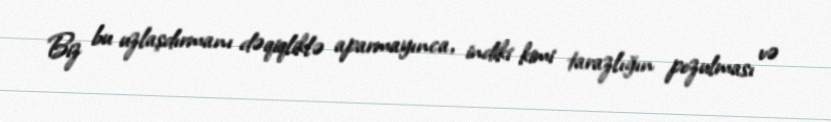
Biz bu uzlaşdırmanı dəqiqliklə aparmayınca, indiki kimi tarazlığın pozulması və